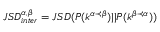
\displaystyle J S D _ { i n t e r } ^ { \alpha , \beta } = J S D ( P ( k ^ { \alpha \prec \beta } ) | | P ( k ^ { \beta \prec \alpha } ) )